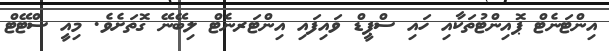
އިންޓަނެޓް ޕޮއިންޓުތަކާއި ހައި ސްޕީޑް ވައިފައި އިންޓަރނެޓް ލިބޭނޭ ގޮތަށެވެ. މިއީ ސްޓޭޓް